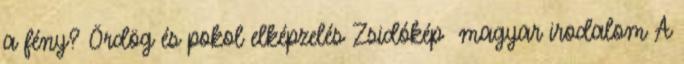
a fény? Ördög és pokol elképzelés Zsidókép magyar irodalom A